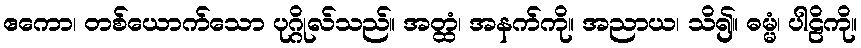
ဧကော၊ တစ်ယောက်သော ပုဂ္ဂိုလ်သည်။ အတ္ထံ၊ အနက်ကို။ အညာယ၊ သိ၍။ ဓမ္မံ၊ ပါဠိကို။